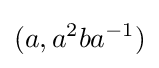
(a,a^{2}ba^{-1})